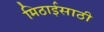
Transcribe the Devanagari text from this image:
मिठाईसाठी